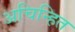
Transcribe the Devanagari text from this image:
अचिन्हित